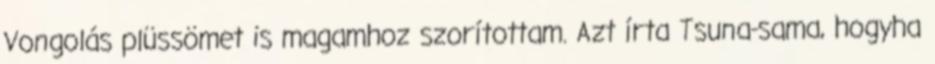
Vongolás plüssömet is magamhoz szorítottam. Azt írta Tsuna-sama, hogyha